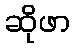
ဆိုဖာ